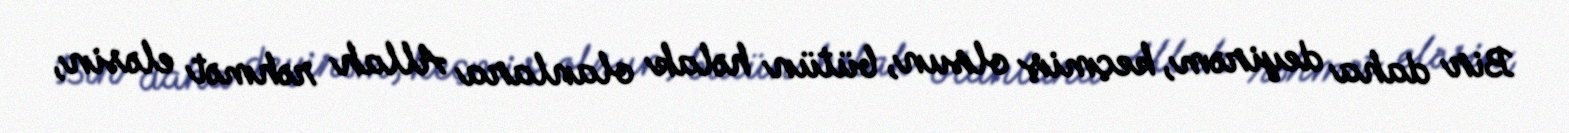
Bir daha deyirəm, keçmiş olsun, bütün həlak olanlara Allah rəhmət eləsin,